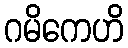
ဂမိကေဟိ